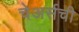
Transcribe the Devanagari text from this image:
चेअर्सची